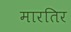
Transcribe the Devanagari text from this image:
मारतिर